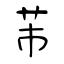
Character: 芾